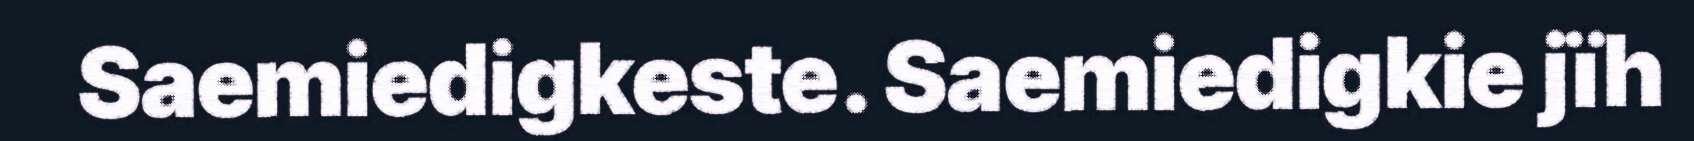
Saemiedigkeste. Saemiedigkie jïh